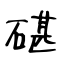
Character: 碪